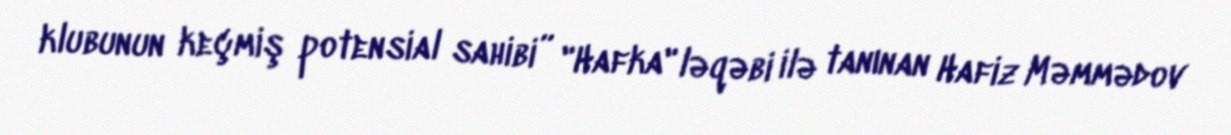
klubunun keçmiş potensial sahibi” "Hafka" ləqəbi ilə tanınan Hafiz Məmmədov